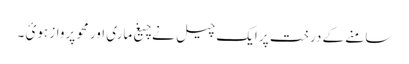
سامنے کے درخت پر ایک چیل نے چیغ ماری اور محو پرواز ہوئ ۔